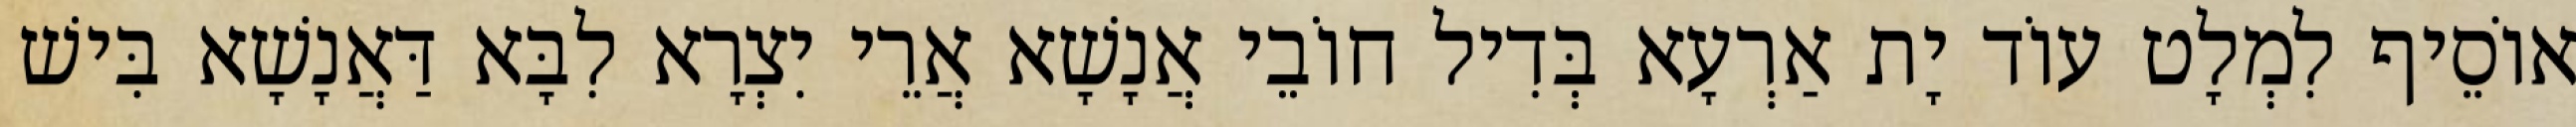
אוֹסֵיף לִמְלָט עוֹד יָת אַרְעָא בְּדִיל חוֹבֵי אֲנָשָׁא אֲרֵי יִצְרָא לִבָּא דַּאֲנָשָׁא בִּישׁ